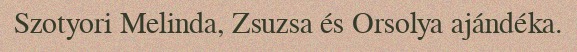
Szotyori Melinda, Zsuzsa és Orsolya ajándéka.